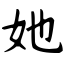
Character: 她